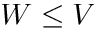
W \le V